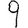
Digit: 9